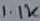
Text: 1.1K